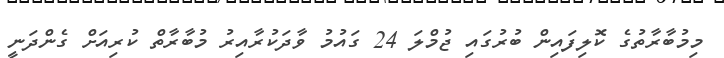
މިމުބާރާތުގެ ކޮލިފައިން ބުރުގައި ޖުމްލަ 24 ގައުމު ވާދަކުރާއިރު މުބާރާތް ކުރިއަށް ގެންދަނީ